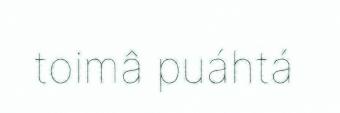
toimâ puáhtá